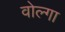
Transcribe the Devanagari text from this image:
वोल्‍गा